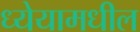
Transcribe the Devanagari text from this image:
ध्येयामधील